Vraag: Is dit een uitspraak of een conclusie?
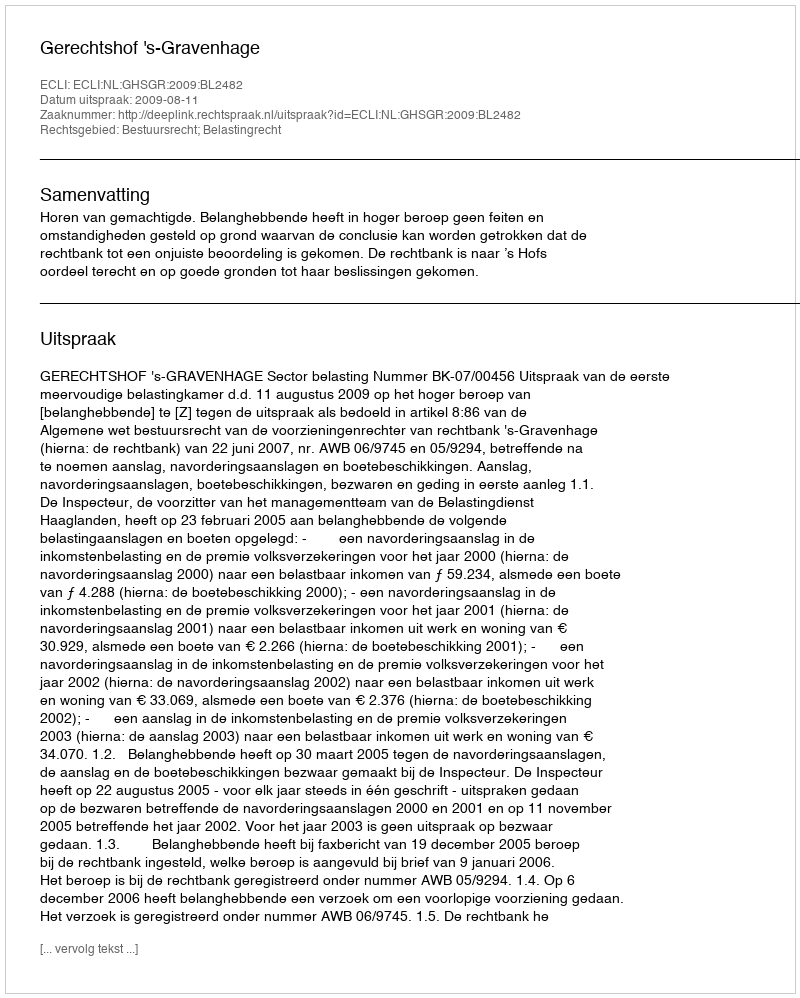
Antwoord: Uitspraak